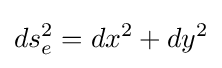
ds_{e}^{2}=dx^{2}+dy^{2}